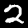
Digit: 2